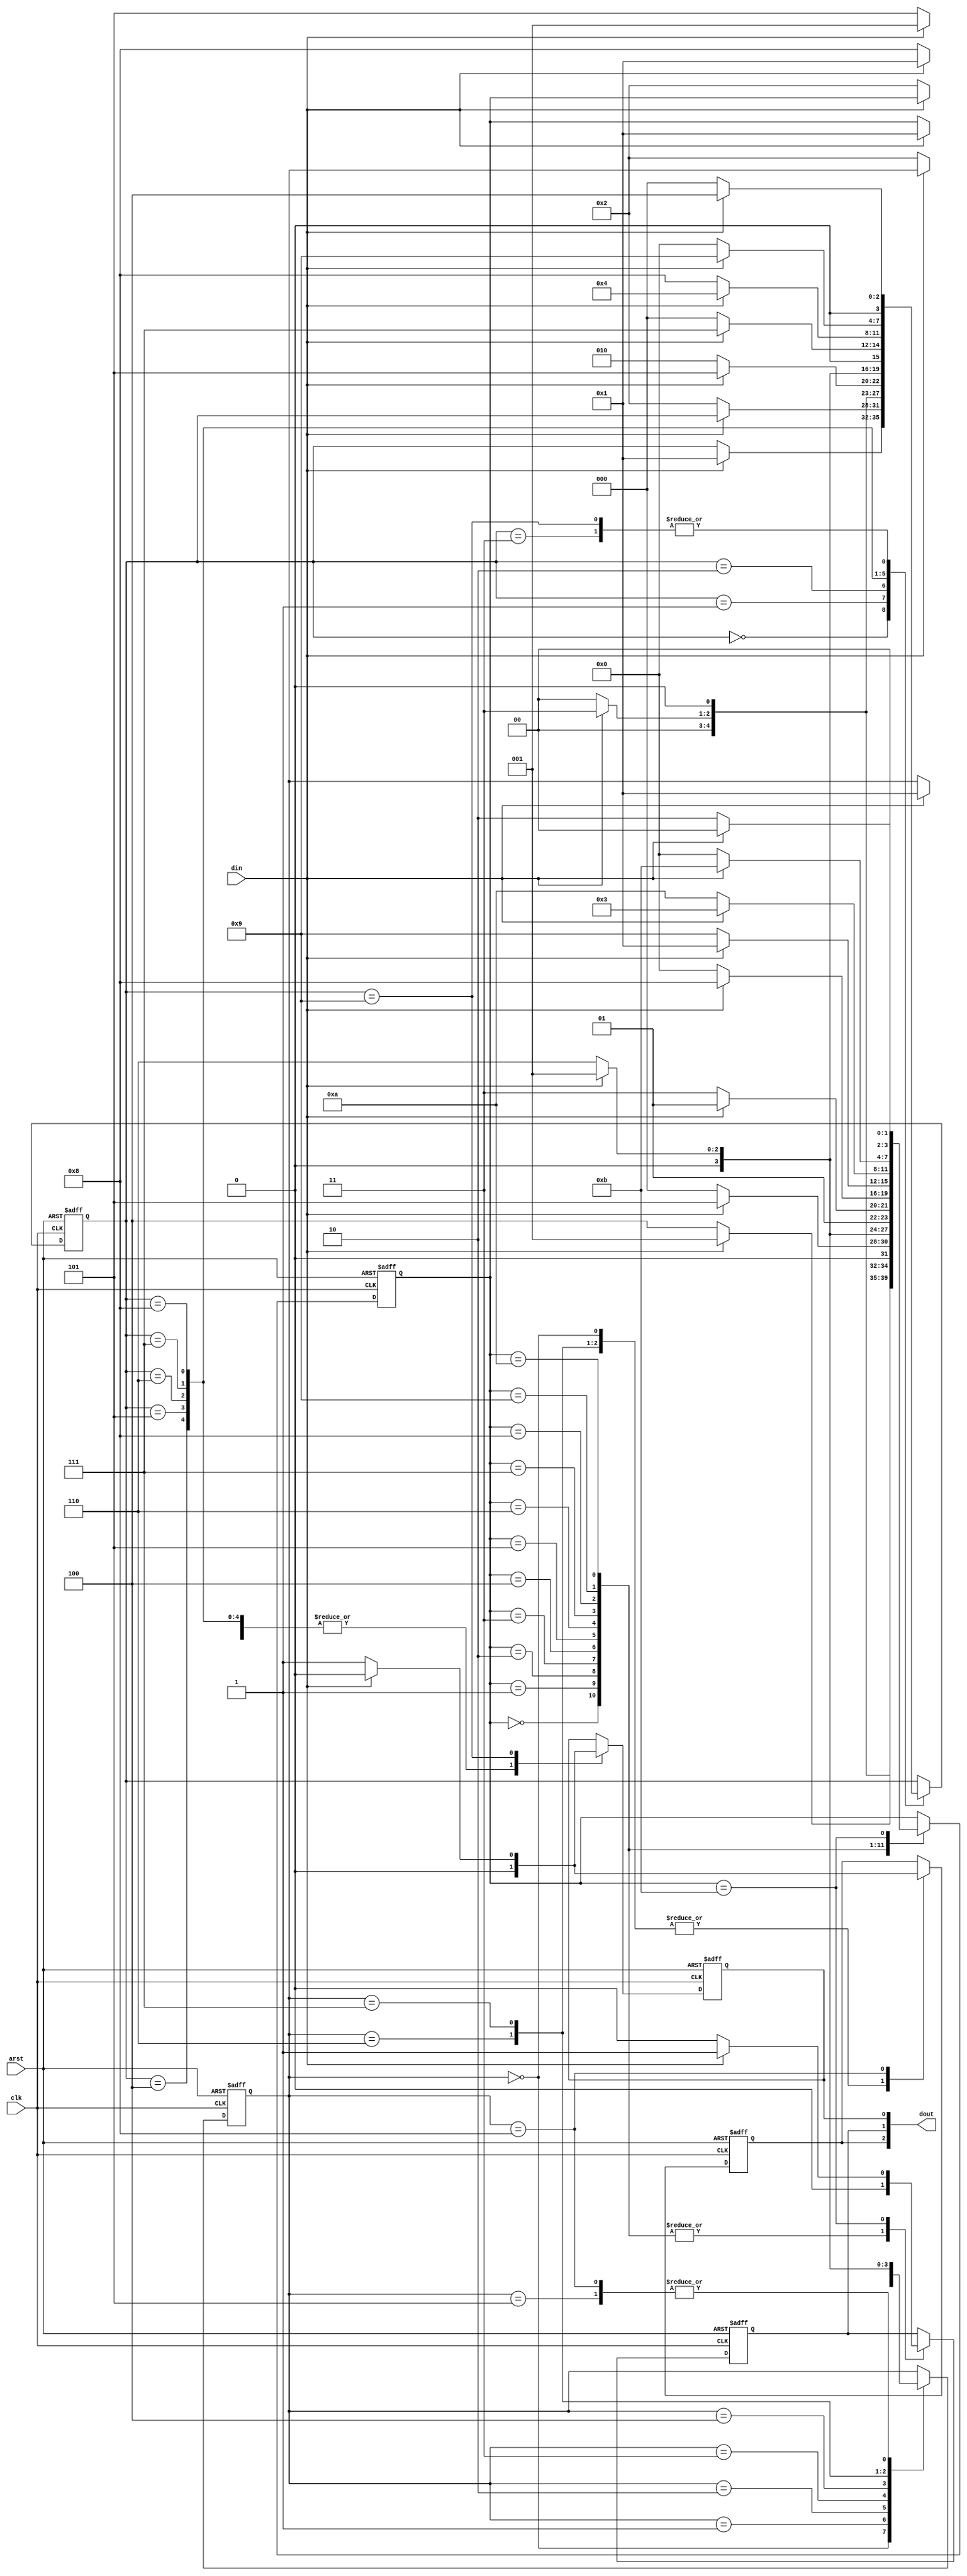
`timescale 1ns / 1ps

//////////////////////////////////////////////////////////////////////////////////
// 
// Design Name:    GasDetectorSensor 
// Project Name: Final Project(Module 1)
// Tool versions: V1
// Description: A not so-simple GasDetectorSensor
//////////////////////////////////////////////////////////////////////////////////
module GasDetectorSensor (
	input        arst     , // async reset
	input        clk      , // clock posedge
	input        din      , // input data 
	output reg [2:0] dout       // output data
);
 
	
	
	//Methan detection
	
	parameter s1 = 4'b0000, s2 = 4'b0001, s3 = 4'b0010, s4 = 4'b0011, s5 = 4'b0100,
					s6 = 4'b0101, s7 = 4'b0110 , s8 = 4'b0111, s9 = 4'b1000, s10 = 4'b1001;
	
	reg [3:0] currentState ;

	always @ (posedge clk or posedge arst)
		begin 
			if (arst)
			begin
				dout[0] = 1'b0;
				currentState = 4'b0000;
			end
	
			else
			begin
				case (currentState)
					s1 : begin
							dout[0]= 0;
							if (din) 
							begin 
								currentState = s2;
							end
						  end
						  
					s2 : begin 
							dout[0]= 0;	
							if (~din) 
							begin 
								currentState = s3;
							end
						  end
					s3 : begin 
							dout[0]= 0;	
							if (din) 
							begin 
								currentState = s4;
							end
							else currentState = s1;
						  end
					s4 : begin 
							dout[0]= 0;	
							if (din) 
							begin 
								currentState = s5;
							end
							else currentState = s1;
						  end
					s5 : begin 
							dout[0]= 0;	
							if (din) 
							begin 
								currentState = s6;
							end
							else currentState = s3;
						  end
					s6 : begin 
							dout[0]= 0;	
							if (din) 
							begin 
								currentState = s2;
							end
							else currentState = s7;
						  end
					s7 : begin 
							dout[0]= 0;	
							if (din) 
							begin 
								currentState = s8;
							end
							else currentState = s1;
						  end
					s8 : begin 
							dout[0]= 0;	
							if (din) 
							begin 
								currentState = s5;
							end
							else currentState = s9;
						  end
					s9 : begin 
							dout[0]= 0;	
							if (din) 
							begin 
								currentState = s10;
							end
							else currentState = s1;
						  end
					s10 : begin 	
							if (din) 
							begin 
								currentState = s5;
								dout[0]= 0;
							end
							else 
							begin
								currentState = s1;
								dout[0]= 1;
							end
						  end
				endcase
			end
	end
	
	
	
	
	//Carbon Monoxide detection
	
	parameter c1 = 4'b0000, c2 = 4'b0001, c3 = 4'b0010, c4 = 4'b0011, c5 = 4'b0100,
					c6 = 4'b0101, c7 = 4'b0110 , c8 = 4'b0111, c9 = 4'b1000, c10 = 4'b1001, c11 = 4'b1010, c12 = 4'b1011;
	
	
	reg [3:0] currentMonoxideState ;
		always @ (posedge clk or posedge arst)
		begin 
		if( arst)
		begin
				dout[1] = 1'b0;
				currentMonoxideState = 4'b0000;
		end
		else
		begin
			case (currentMonoxideState )
				c1 : begin
						dout[1]= 0;
						if (din) 
						begin 
							currentMonoxideState = c2;
						end
					  end
					  
				c2 : begin 
						dout[1]= 0;	
						if (~din) 
						begin 
							currentMonoxideState = c3;
						end
					  end
				c3 : begin 
						dout[1]= 0;
						if (din) 
						begin 
							currentMonoxideState = c4;
						end
						else currentMonoxideState = c1;
					  end
				c4 : begin 
						dout[1]= 0;
						if (din) 
						begin 
							currentMonoxideState = c2;
						end
						else currentMonoxideState = c5;
					  end
				c5 : begin 
						dout[1]= 0;
						if (din) 
						begin 
							currentMonoxideState = c6;
						end
						else currentMonoxideState = c1;
					  end
				c6 : begin 
						dout[1]= 0;	
						if (din) 
						begin 
							currentMonoxideState = c2;
						end
						else currentMonoxideState = c7;
					  end
				c7 : begin 
						dout[1]= 0;	
						if (din) 
						begin 
							currentMonoxideState = c6;
						end
						else currentMonoxideState = c8;
					  end
				c8 : begin 
						dout[1]= 0;	
						if (din) 
						begin 
							currentMonoxideState = c9;
						end
						else currentMonoxideState = c1;
					  end
				c9 : begin 
						dout[1]= 0;
						if (din) 
						begin 
							currentMonoxideState = c2;
						end
						else currentMonoxideState = c10;
					  end
				c10 : begin 
						dout[1]= 0;
						if (din) 
						begin 
							currentMonoxideState = c4;
						end
						else currentMonoxideState = c11;
					  end
				c11 : begin 
						dout[1]= 0;
						if (din) 
						begin 
							currentMonoxideState = c12;
						end
						else currentMonoxideState = c1;
					  end
				c12 : begin 	
						if (din) 
						begin 
							currentMonoxideState = c1;
							dout[1]= 1;
						end
						else 
						begin
							currentMonoxideState = c3;
							dout[1]= 0;
						end
					  end
			endcase
		end
	end
	
	
	
	//Carbon Dioxide detection
	
	parameter c_1 = 4'b0000, c_2 = 4'b0001, c_3 = 4'b0010, c_4 = 4'b0011, c_5 = 4'b0100,
					c_6 = 4'b0101, c_7 = 4'b0110 , c_8 = 4'b0111, c_9 = 4'b1000;
	
	
	reg [3:0] currentDioxideState ;
		always @ (posedge clk or posedge arst)
		begin 
		if ( arst)
		begin
				dout[2] = 1'b0;
				currentDioxideState = 4'b0000;
		end
		else
		begin
			case (currentDioxideState )
				c_1 : begin
						dout[2]= 0;
						if (din) 
						begin 
							currentDioxideState = c_2;
						end
					  end
					  
				c_2 : begin 
						dout[2]= 0;
						if (~din) 
						begin 
							currentDioxideState = c_3;
						end
					  end
				c_3 : begin 
						dout[2]= 0;
						if (din) 
						begin 
							currentDioxideState = c_2;
						end
						else currentDioxideState = c_4;
					  end
				c_4 : begin 
						dout[2]= 0;
						if (din) 
						begin 
							currentDioxideState = c_5;
						end
						else currentDioxideState = c_1;
					  end
				c_5 : begin 
						dout[2]= 0;
						if (din) 
						begin 
							currentDioxideState = c_2;
						end
						else currentDioxideState = c_6;
					  end
				c_6 : begin 
						dout[2]= 0;
						if (din) 
						begin 
							currentDioxideState = c_2;
						end
						else currentDioxideState = c_7;
					  end
				c_7 : begin 
						dout[2]= 0;
						if (din) 
						begin 
							currentDioxideState = c_8;
						end
						else currentDioxideState = c_1;
					  end
				c_8 : begin 
						dout[2]= 0;	
						if (din) 
						begin 
							currentDioxideState = c_2;
						end
						else currentDioxideState = c_9;
					  end
				c_9 : begin 	
						if (din) 
						begin 
							currentDioxideState = c_2;
							dout[2]= 0;
						end
						else 
						begin
							currentDioxideState = c_7;
							dout[2]= 1;
						end
					  end
			endcase
		end
	end
	
endmodule